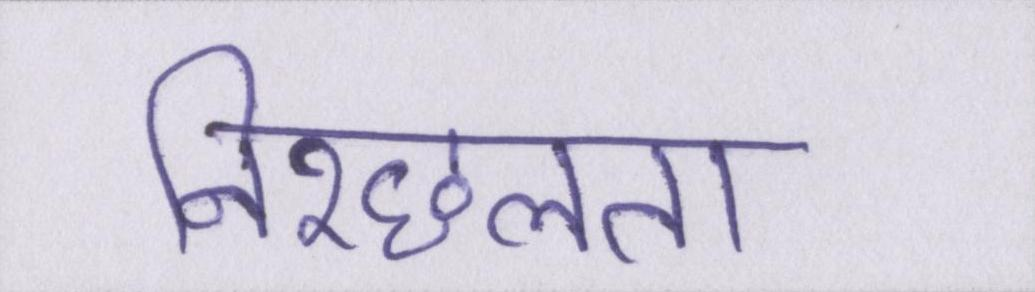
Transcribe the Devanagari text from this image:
निश्छलता